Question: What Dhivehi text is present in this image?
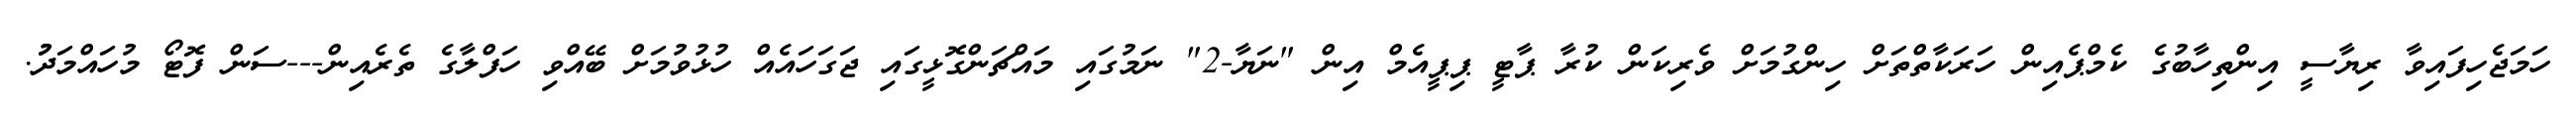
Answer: ހަމަޖެހިފައިވާ ރިޔާސީ އިންތިހާބުގެ ކެމްޕެއިން ހަރަކާތްތަށް ހިންގުމަށް ވެރިކަން ކުރާ ޕާޓީ ޕިޕީއެމް އިން "ނަޔާ-2" ނަމުގައި މައްޗަންގޮޅީގައި ޖަގަހައެއް ހުޅުވުމަށް ބޭއްވި ހަފްލާގެ ތެރެއިން---ސަން ފޮޓޯ މުހައްމަދުު.